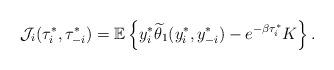
LaTeX: \begin{align*}\mathcal{J}_i(\tau_i^{*},\tau_{-i}^{*})=\mathbb{E}\left\{y_i^{*}\widetilde{\theta}_1(y_i^{*}, y_{-i}^{*})-e^{-\beta\tau_i^{*}}K\right\}.\end{align*}